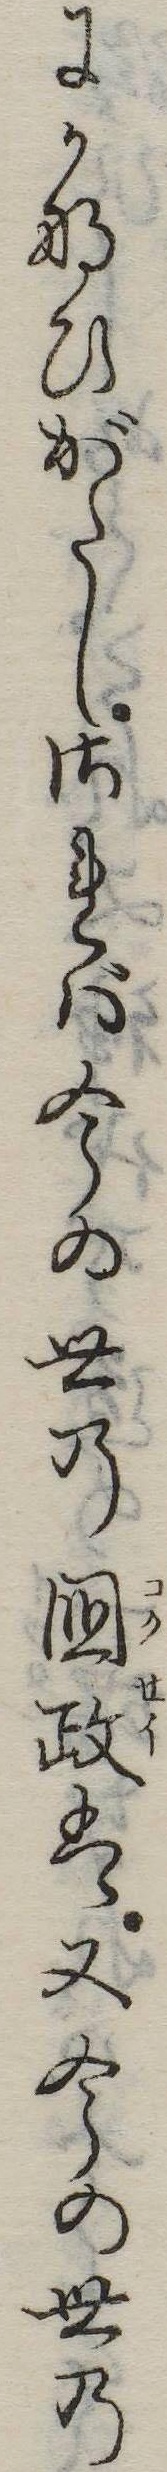
にかなひがたしされば今の世の国政は又今の世の